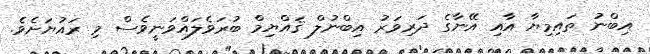
އިބްނު ތައިމިޔާ އާއި އޭނާގެ ދަރިވަރު އިބްނުލް ޤައްޔިމް ބުރަވެލައްވަނީވެސް މި ރައުޔަށެވެ.